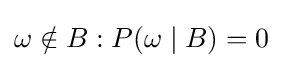
\omega \notin B:P(\omega \mid B)=0